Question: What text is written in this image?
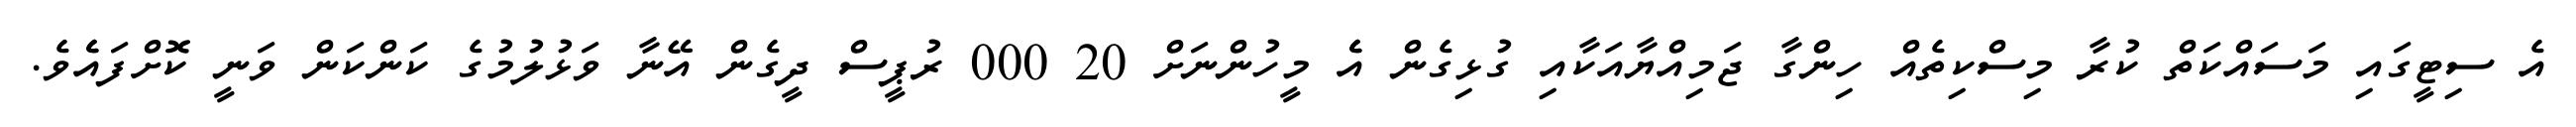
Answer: އެ ސިޓީގައި މަސައްކަތް ކުރާ މިސްކިތެއް ހިންގާ ޖަމިއްޔާއަކާއި ގުޅިގެން އެެ މީހުންނަށް 20 000 ރުޕީސް ދީގެން އޭނާ ވަޅުލުމުގެ ކަންކަން ވަނީ ކޮށްފައެެވެ.